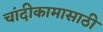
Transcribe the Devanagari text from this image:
चांदीकामासाठी